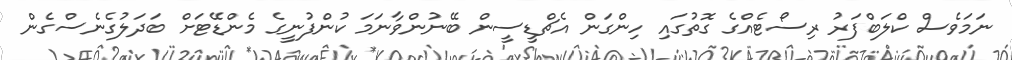
ނަމަވެސް ކްލަބްފަރު ރިސޯޓެއްގެ ގޮތުގައި ހިންގަން އެޗްޑީސީން ބޭނުންވާނަމަ ކުންފުނީގެ މެންޑޭޓަށް ބަދަލުގެނެސްގެން